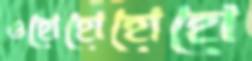
ওহোহোহোহো